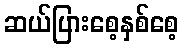
ဆယ်ပြားစေ့နှစ်စေ့